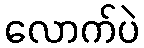
လောက်ပဲ